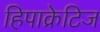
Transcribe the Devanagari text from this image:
हिपाक्रेटिज